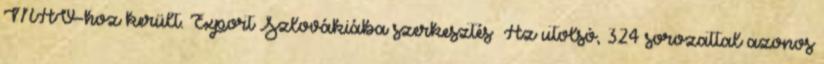
MÁV-hoz került. Export Szlovákiába szerkesztés Az utolsó, 324 sorozattal azonos